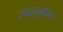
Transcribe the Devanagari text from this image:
सानुमान